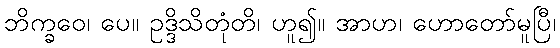
ဘိက္ခဝေ၊ ပေ။ ဥဒ္ဒိသိတုံတိ၊ ဟူ၍။ အာဟ၊ ဟောတော်မူပြီ၊